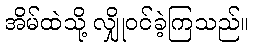
အိမ်ထဲသို့ လျှိုဝင်ခဲ့ကြသည်။